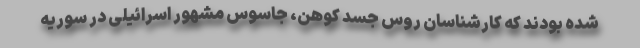
شده بودند که کارشناسان روس جسد کوهن، جاسوس مشهور اسرائیلی در سوریه